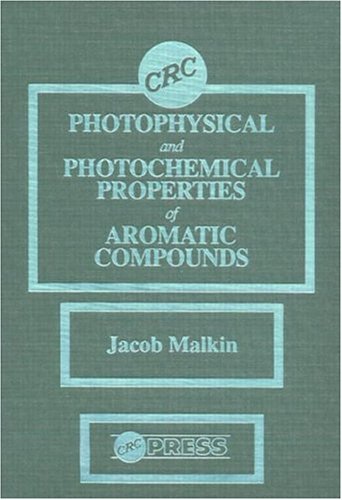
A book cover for Photophysical and Photochemical Properties of Aromatic Compounds; Jacob Malkin; Science & Math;